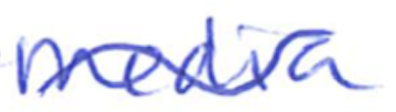
Text: Media
Cross-out: mix
Writing tool: ballpoint